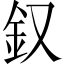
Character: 𨥁